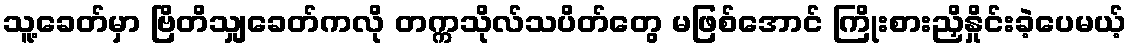
သူ့ခေတ်မှာ ဗြိတိသျှခေတ်ကလို တက္ကသိုလ်သပိတ်တွေ မဖြစ်အောင် ကြိုးစားညှိနှိုင်းခဲ့ပေမယ့်